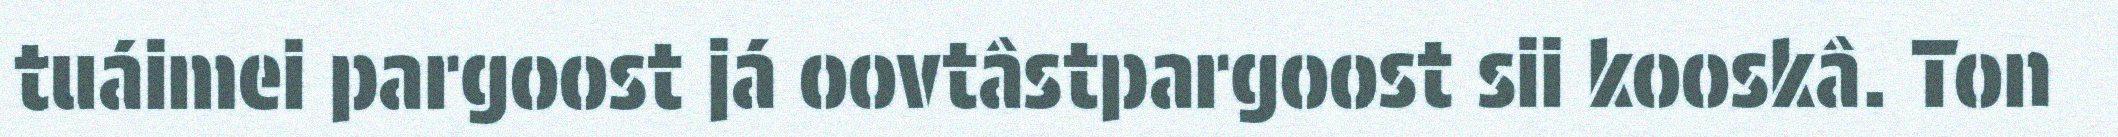
tuáimei pargoost já oovtâstpargoost sii kooskâ. Ton